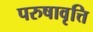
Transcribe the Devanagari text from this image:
परुषावृत्ति